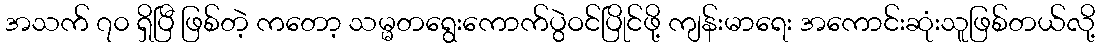
အသက် ၇၀ ရှိပြီ ဖြစ်တဲ့ ကတော့ သမ္မတရွေးကောက်ပွဲဝင်ပြိုင်ဖို့ ကျန်းမာရေး အကောင်းဆုံးသူဖြစ်တယ်လို့